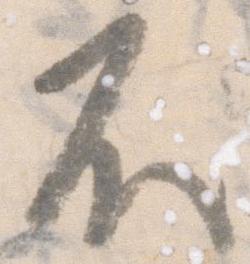
不